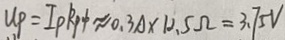
U P = I p R p \phi \approx 0 . 3 A \times 1 2 . 5 \Omega = 3 . 7 5 V